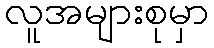
လူအများစုမှာ